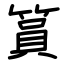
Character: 篔